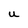
Character: U